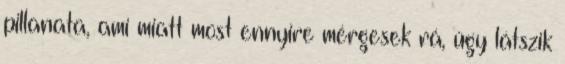
pillanata, ami miatt most ennyire mérgesek rá, úgy látszik